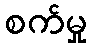
စက်မှု